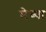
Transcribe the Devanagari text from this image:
मेध्या